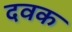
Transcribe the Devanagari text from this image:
दवक